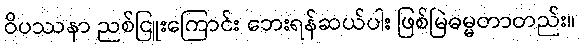
ဝိပဿနာ ညစ်ငြူးကြောင်း ဘေးရန်ဆယ်ပါး ဖြစ်မြဲဓမ္မတာတည်း။